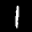
Label: 1